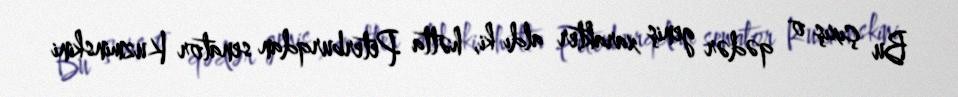
Bu çıxış o qədər geniş xarakter aldı ki, hətta Peterburqdan senator Kuzminskini